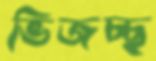
ভিজচ্ছ